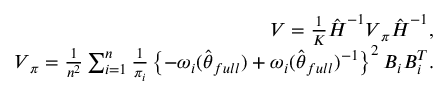
\begin{array} { r l r } & { } & { \boldsymbol { V } = \frac { 1 } { K } \hat { \boldsymbol { H } } ^ { - 1 } \boldsymbol { V } _ { \pi } \hat { \boldsymbol { H } } ^ { - 1 } , } \\ & { } & { \boldsymbol { V } _ { \pi } = \frac { 1 } { n ^ { 2 } } \sum _ { i = 1 } ^ { n } \frac { 1 } { \pi _ { i } } \left\{ - \omega _ { i } ( \hat { \boldsymbol { \theta } } _ { f u l l } ) + \omega _ { i } ( \hat { \boldsymbol { \theta } } _ { f u l l } ) ^ { - 1 } \right\} ^ { 2 } \boldsymbol { B } _ { i } \boldsymbol { B } _ { i } ^ { T } . } \end{array}